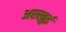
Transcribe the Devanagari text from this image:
अरस्तुई